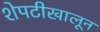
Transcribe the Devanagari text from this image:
शेपटीखालून